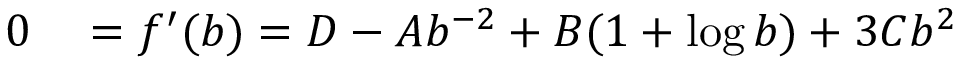
\begin{array} { r l } { 0 } & { { } = f ^ { \prime } ( b ) = D - A b ^ { - 2 } + B ( 1 + \log b ) + 3 C b ^ { 2 } } \end{array}